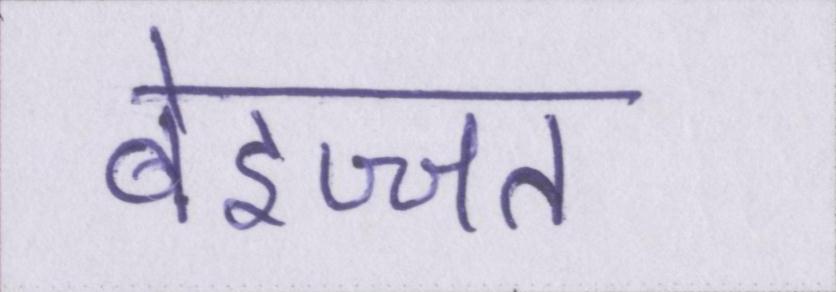
बेइज्जत